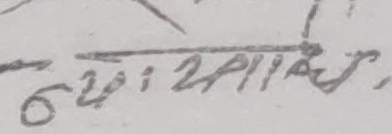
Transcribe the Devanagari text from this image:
६२:२ पास